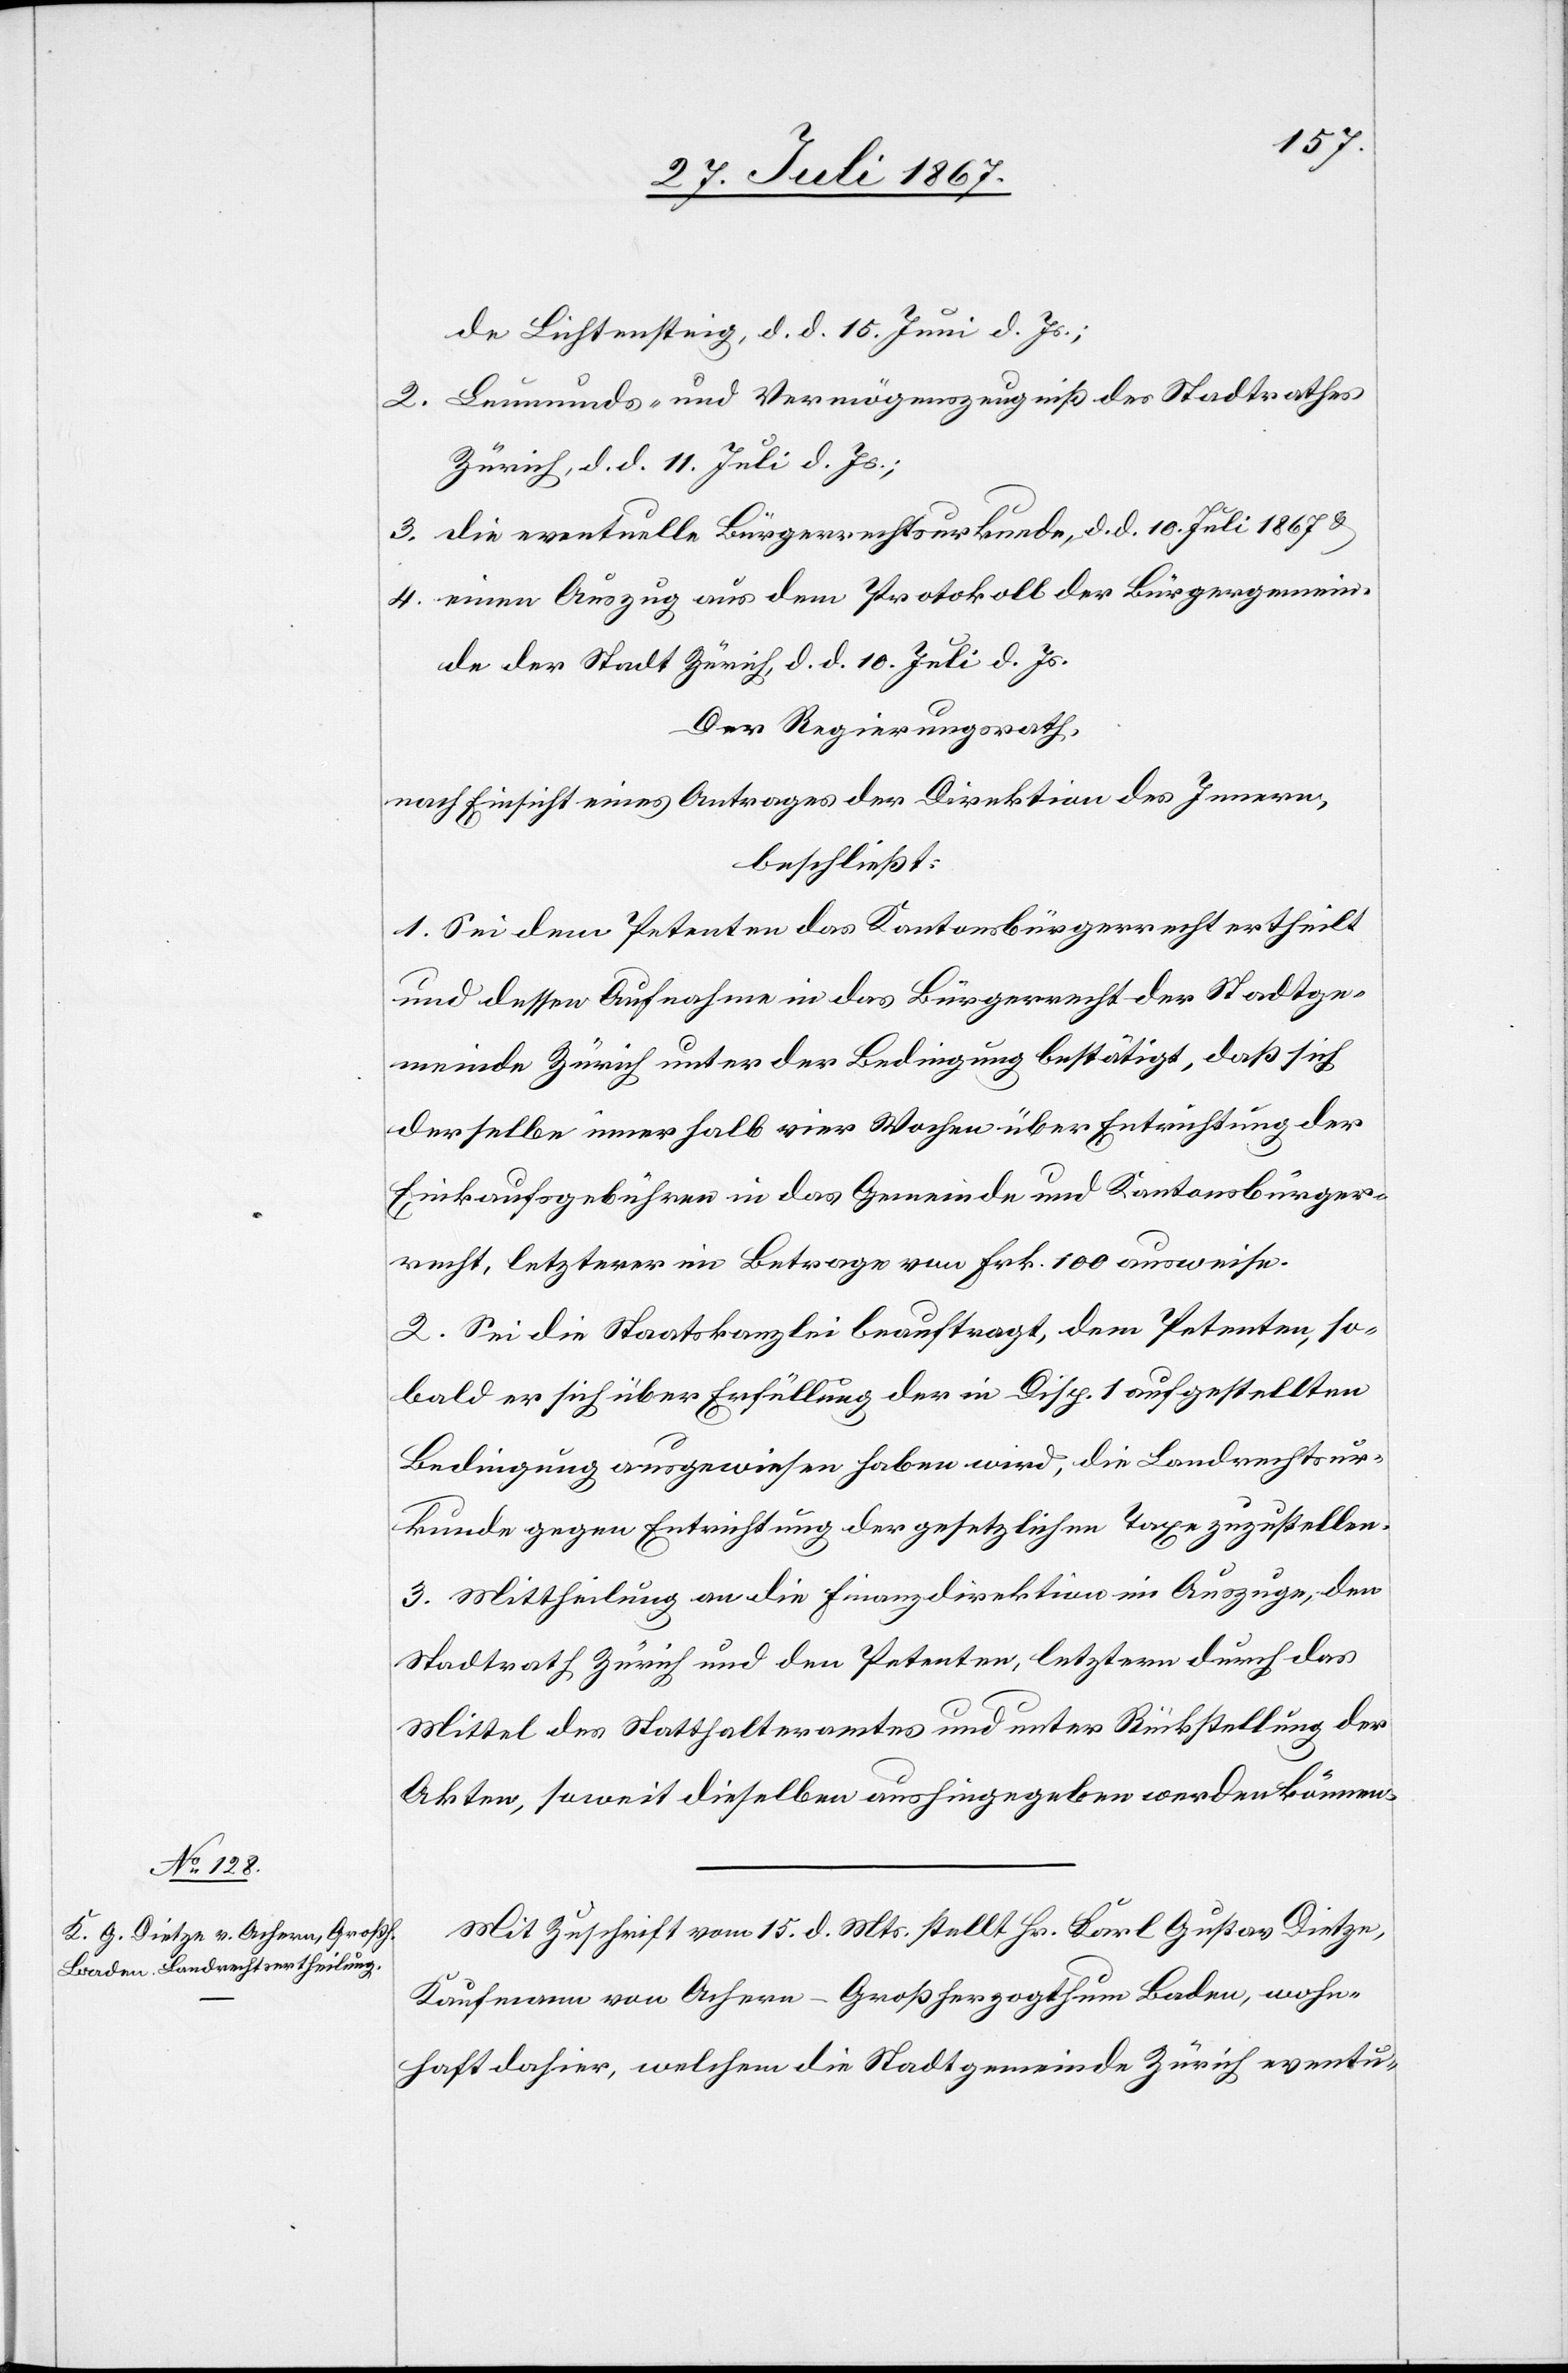
de Lichtensteig, d. d. 15. Juli d. Js.;
2. Leumunds- und Vermögensausweiß des Stadtrathes
Zürich, d. d. 11. Juli d. Js.;
3. die eventuelle Bürgerrechtsurkunde, d. d. 10. Juli 1867 u.
4. einen Auszug aus dem Protokoll der Bürgergemein¬
de der Stadt Zürich, d. d. 10. Juli d. Js.
Der Regierungsrath,
nach Einsicht eines Antrages der Direktion des Innern,
beschließt:
1. Sei dem Petenten das Kantonsbürgerrecht ertheilt
und dessen Aufnahme in das Bürgerrecht der Stadtge¬
meinde Zürich unter der Bedingung bestätigt, daß sich
derselbe innerhalb vier Wochen über Entrichtung der
Einkaufsgebühr in das Gemeinde- und Kantonsbürger¬
recht, letzterer im Betrage von Frk. 100 ausweise.
2. Sei die Staatskanzlei beauftragt, dem Petenten, so¬
bald er sich über Erfüllung der in Disp. 1 aufgestellten
Bedingung ausgewiesen haben wird, die Landrechtsur¬
kunde gegen Entrichtung der gesetzlichen Taxe zuzustellen.
3. Mittheilung an die Finanzdirektion im Auszuge, den
Stadtrath Zürich und den Petenten, letztern durch das
Mittel des Statthalteramtes und unter Rückstellung der
Akten, soweit dieselben aushingegeben werden können.
Mit Zuschrift vom 15. d. Mts. stellt Hr. Karl Gustav Dietze,
Kaufmann von Achern-Großherzogthum Baden, wohn¬
haft dahier, welchem die Stadtgemeinde Zürich eventu-